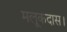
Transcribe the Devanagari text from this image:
मलूकदास।